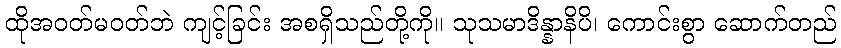
ထိုအဝတ်မဝတ်ဘဲ ကျင့်ခြင်း အစရှိသည်တို့ကို။ သုသမာဒိန္နာနိပိ၊ ကောင်းစွာ ဆောက်တည်